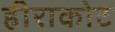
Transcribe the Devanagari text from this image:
हीराकोट